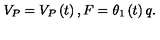
V _ { P } = V _ { P } \left( t \right) , F = \theta _ { 1 } \left( t \right) q .